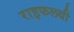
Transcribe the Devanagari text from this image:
राइफलथी